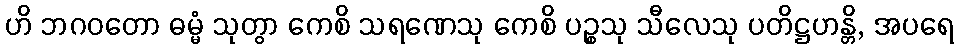
ဟိ ဘဂဝတော ဓမ္မံ သုတွာ ကေစိ သရဏေသု ကေစိ ပဉ္စသု သီလေသု ပတိဋ္ဌဟန္တိ, အပရေ